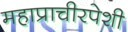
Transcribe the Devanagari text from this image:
महाप्राचीरपेशी